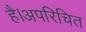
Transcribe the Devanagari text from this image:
है।अपरिचित